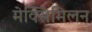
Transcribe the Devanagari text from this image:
मेक्सिमिलन